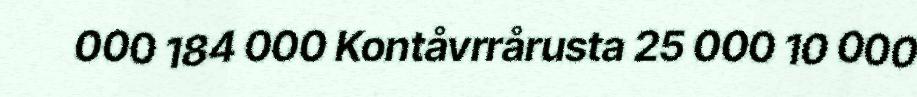
000 184 000 Kontåvrrårusta 25 000 10 000